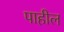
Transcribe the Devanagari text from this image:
पाहील